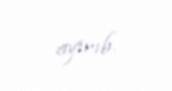
ayırıb.